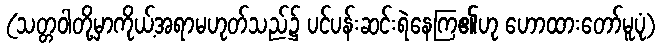
(သတ္တဝါတို့မှာကိုယ့်အရာမဟုတ်သည်၌ ပင်ပန်းဆင်းရဲနေကြ၏ဟု ဟောထားတော်မူပုံ)